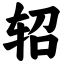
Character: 轺